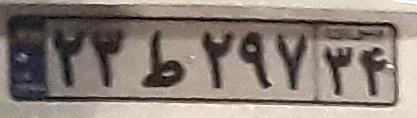
۲۳ط۲۹۷۳۴